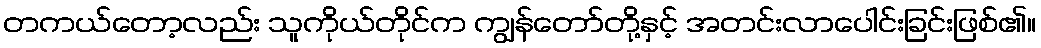
တကယ်တော့လည်း သူကိုယ်တိုင်က ကျွန်တော်တို့နှင့် အတင်းလာပေါင်းခြင်းဖြစ်၏။